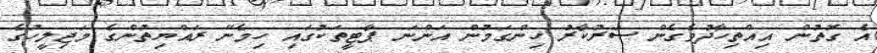
އެ ގޮތުން އިއްތިހާދުވެގެން ސަރުކާރު ހިންގަމުން އަންނަ ޕާޓީތަކުގައި ހިމެނޭ ރައްޔިތުންގެ މަޖިލީހުގެ